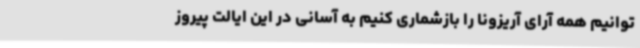
توانیم همه آرای آریزونا را بازشماری کنیم به آسانی در این ایالت پیروز